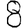
Digit: 8